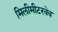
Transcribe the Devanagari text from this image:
मिलीमीटरवेव